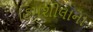
હિમશીલાના